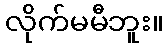
လိုက်မမီဘူး။